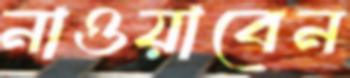
নাওয়াবেন